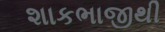
શાકભાજીથી